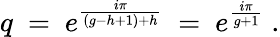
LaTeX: q~=~e^{\frac{i\pi}{(g-h+1)+h}}~=~e^{\frac{i\pi}{g+1}}\ .